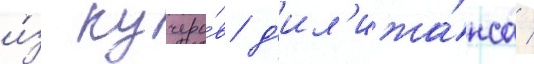
и́з кучеро́в д'ил'ижа́нса /